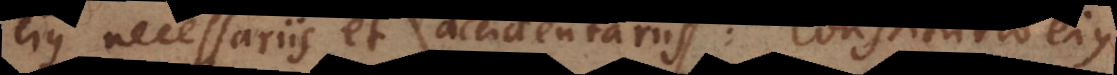
ejus necessariis et accidentariis. Constitutio ejus